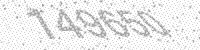
Solution: 149650